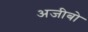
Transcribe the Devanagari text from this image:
अजीबो